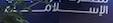
الإسلا